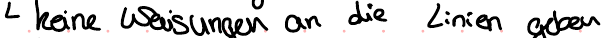
keine weisungen an die Linien geben